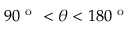
9 0 ^ { \mathrm { ~ o ~ } } < \theta < 1 8 0 ^ { \mathrm { ~ o ~ } }